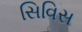
સિવિસ